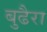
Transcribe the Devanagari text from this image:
बुढैरा